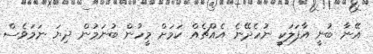
އޭނާ ބުނީ އާފަލަކީ ނުހެދޭނެ އެއްޗެއް ކަމަށް މީހުން ބުނަމުން ދިޔަ ނަމަވެސް